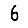
Digit: 6